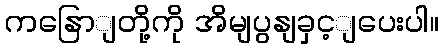
ကနြောျတို့ကို အိမျပွနျခှင့ျပေးပါ။